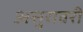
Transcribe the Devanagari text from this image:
असुरावरी